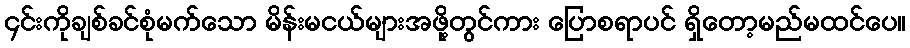
၄င်းကိုချစ်ခင်စုံမက်သော မိန်းမငယ်များအဖို့တွင်ကား ပြောစရာပင် ရှိတော့မည်မထင်ပေ။